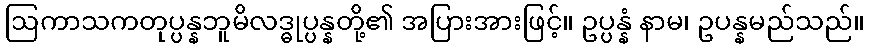
ဩကာသကတုပ္ပန္နဘူမိလဒ္ဓုပ္ပန္နတို့၏ အပြားအားဖြင့်။ ဥပ္ပန္နံ နာမ၊ ဥပန္နမည်သည်။